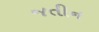
જતીન